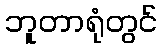
ဘူတာရုံတွင်